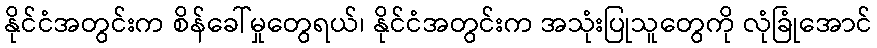
နိုင်ငံအတွင်းက စိန်ခေါ်မှုတွေရယ်၊ နိုင်ငံအတွင်းက အသုံးပြုသူတွေကို လုံခြုံအောင်